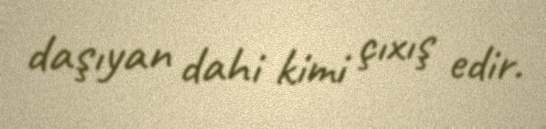
daşıyan dahi kimi çıxış edir.